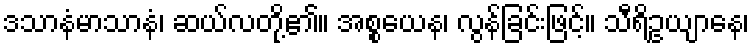
ဒသာနံမာသာနံ၊ ဆယ်လတို့၏။ အစ္စယေန၊ လွန်ခြင်းဖြင့်။ သီရိဥယျာနေ၊